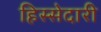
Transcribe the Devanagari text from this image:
हिस्‍सेदारी